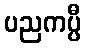
ပညကပ္ပီ